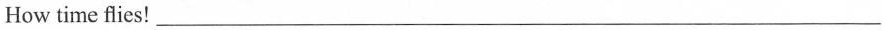
How time flies！___